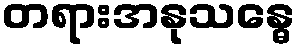
တရားအနုသန္ဓေ